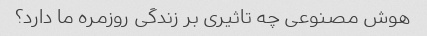
هوش مصنوعی چه تاثیری بر زندگی روزمره ما دارد؟